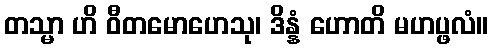
တသ္မာ ဟိ ဝီတမောဟေသု၊ ဒိန္နံ ဟောတိ မဟပ္ဖလံ။